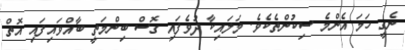
ނެގީ ހަމަ އެންމެ ސިކުންތެކެވެ. މަލައިކާ ދުވެފައި ގޮސް ބިންމަތީ ބާއްވައިފައި އޮތް